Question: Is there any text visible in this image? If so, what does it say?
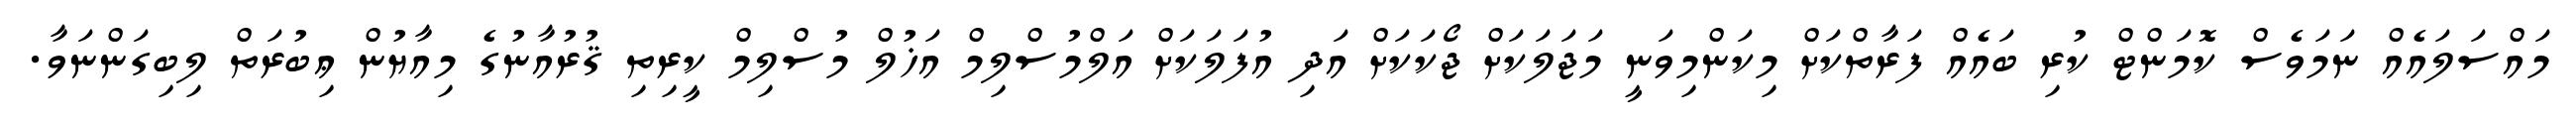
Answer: މައްސަލައެއް ނަމަވެސް ކޮމަންޓް ކުރި ބައެއް ފަރާތްކަށް މިކަންމިވަނީ މަޖަލަކަށް ޖޯކަކަށް އަދި އުފަލަކަށް އަލްމުސްލިމް އަޚުލް މުސްލިމް ކީރިތި ޤުރުއާނުގެ މިއާޔުން ޢިބުރަތް ލިބިގަންނަވާ.